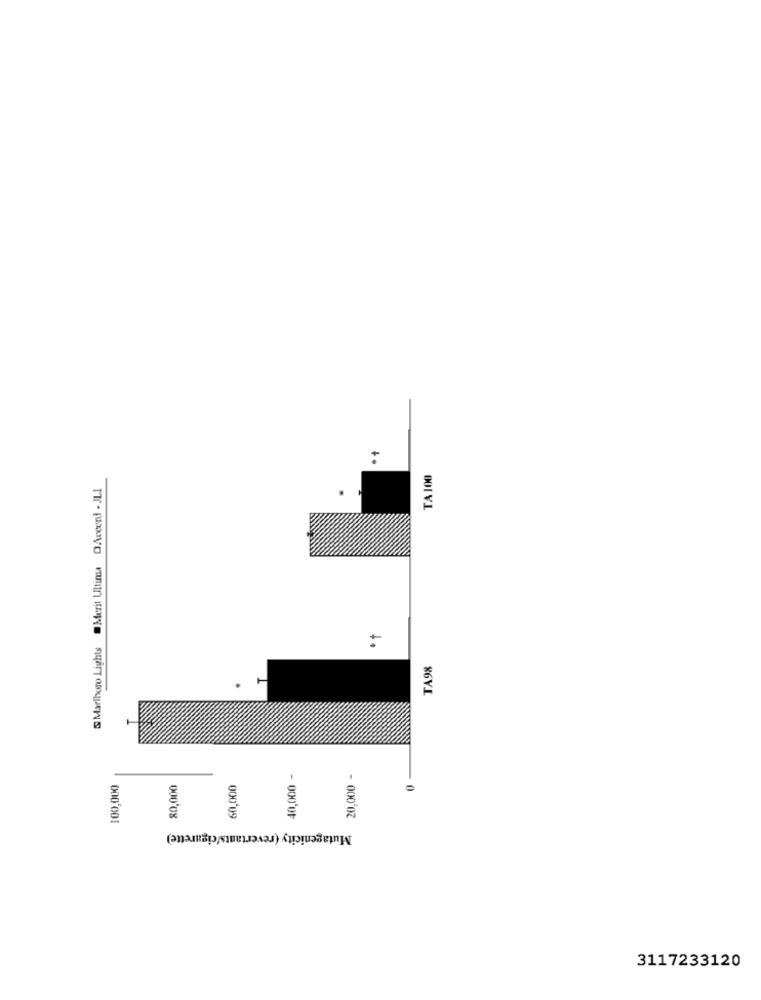
TA100
& Marlboro Lights Merit Ultima QAccend - JLI
TA98
40,000 -
20,000 -
100,000
80,000
60,000
Mutagenicity (revertants/cigarette)
3117233120